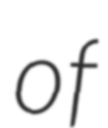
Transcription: of